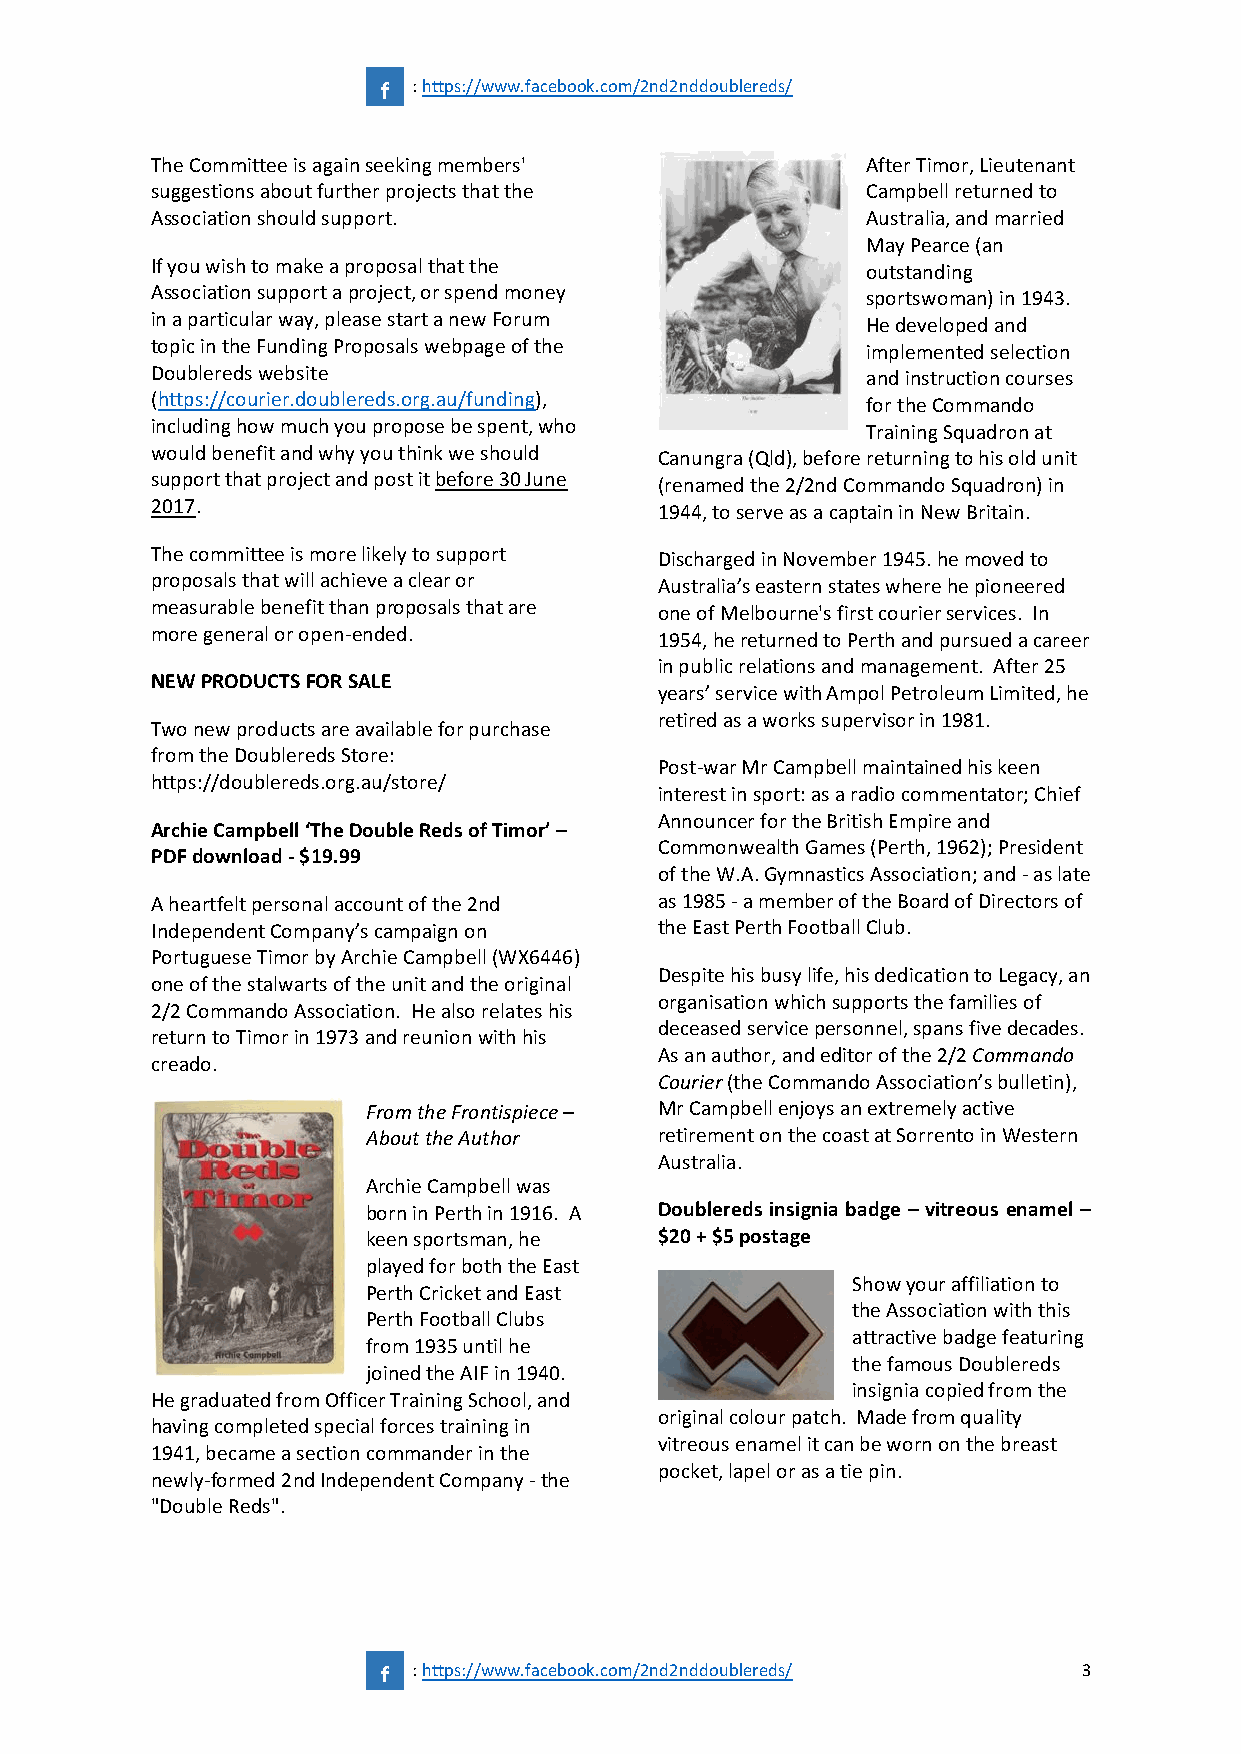
f : https://www.facebook.com/2nd2nddoublereds/
 The Committee is again seeking members'        After Timor, Lieutenant
 suggestions about further projects that the    Campbell returned to
 Association should support.                    Australia, and married
 May Pearce (an
 If you wish to make a proposal that the        outstanding
 Association support a project, or spend money  sportswoman) in 1943.
 in a particular way, please start a new Forum  He developed and
 topic in the Funding Proposals webpage of the  implemented selection
 Doublereds website                             and instruction courses
 (https://courier.doublereds.org.au/funding),   for the Commando
 including how much you propose be spent, who   Training Squadron at
 would benefit and why you think we should Canungra (Qld), before returning to his old unit
 support that project and post it before 30 June (renamed the 2/2nd Commando Squadron) in
 2017.                             1944, to serve as a captain in New Britain.
 The committee is more likely to support Discharged in November 1945. he moved to
 proposals that will achieve a clear or Australia’s eastern states where he pioneered
 measurable benefit than proposals that are one of Melbourne's first courier services. In
 more general or open-ended.       1954, he returned to Perth and pursued a career
 in public relations and management. After 25
 NEW PRODUCTS FOR SALE
 years’ service with Ampol Petroleum Limited, he
 retired as a works supervisor in 1981.
 Two new products are available for purchase
 from the Doublereds Store:
 Post-war Mr Campbell maintained his keen
 https://doublereds.org.au/store/
 interest in sport: as a radio commentator; Chief
 Announcer for the British Empire and
 Archie Campbell ‘The Double Reds of Timor’ –
 Commonwealth Games (Perth, 1962); President
 PDF download - $19.99
 of the W.A. Gymnastics Association; and - as late
 A heartfelt personal account of the 2nd as 1985 - a member of the Board of Directors of
 Independent Company’s campaign on the East Perth Football Club.
 Portuguese Timor by Archie Campbell (WX6446)
 Despite his busy life, his dedication to Legacy, an
 one of the stalwarts of the unit and the original
 organisation which supports the families of
 2/2 Commando Association. He also relates his
 deceased service personnel, spans five decades.
 return to Timor in 1973 and reunion with his
 As an author, and editor of the 2/2 Commando
 creado.
 Courier (the Commando Association’s bulletin),
 From the Frontispiece – Mr Campbell enjoys an extremely active
 About the Author    retirement on the coast at Sorrento in Western
 Australia.
 Archie Campbell was
 born in Perth in 1916. A Doublereds insignia badge – vitreous enamel –
 keen sportsman, he  $20 + $5 postage
 played for both the East
 Show your affiliation to
 Perth Cricket and East
 the Association with this
 Perth Football Clubs
 attractive badge featuring
 from 1935 until he
 the famous Doublereds
 joined the AIF in 1940.
 insignia copied from the
 He graduated from Officer Training School, and
 original colour patch. Made from quality
 having completed special forces training in
 vitreous enamel it can be worn on the breast
 1941, became a section commander in the
 pocket, lapel or as a tie pin.
 newly-formed 2nd Independent Company - the
 "Double Reds".
 f : https://www.facebook.com/2nd2nddoublereds/ 3